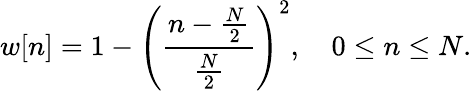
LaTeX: w[n]=1-\left({\frac{n-{\frac{N}{2}}}{\frac{N}{2}}}\right)^{2},\quad 0\leq n\leq N.